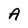
Character: A